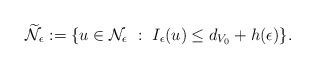
LaTeX: \begin{align*}\widetilde{\mathcal{N}}_{\epsilon}:= \{u \in \mathcal{N}_{\epsilon} \ : \ I_{\epsilon}(u) \leq d_{V_{0}} + h(\epsilon) \}.\end{align*}